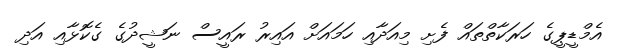
އެމްޑީޕީގެ ހަރަކާތްތައް ފެށި މިއަދާއި ހަމައަށް އައިރު ރައީސް ނަޝީދުގެ ގެކޮޅާއި އަދި